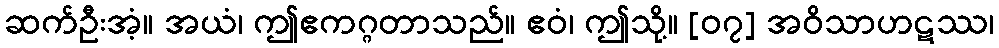
ဆက်ဦးအံ့။ အယံ၊ ဤဧကဂ္ဂတာသည်။ ဧဝံ၊ ဤသို့။ [၀၇] အဝိသာဟဋဿ၊